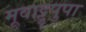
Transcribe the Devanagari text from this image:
मूवाट्टुपुपा